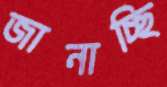
জানাচ্ছি